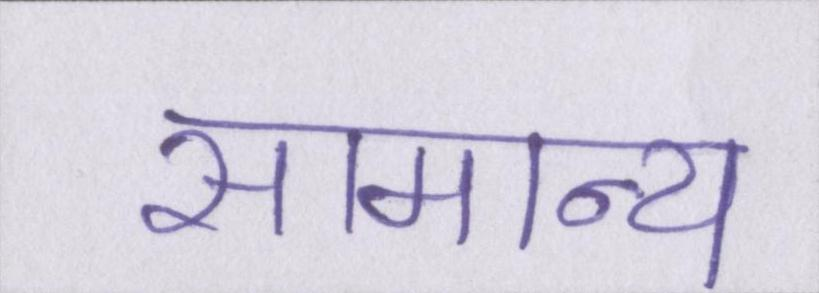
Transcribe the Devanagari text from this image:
सामान्य